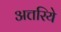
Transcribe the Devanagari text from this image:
अत्तरिये